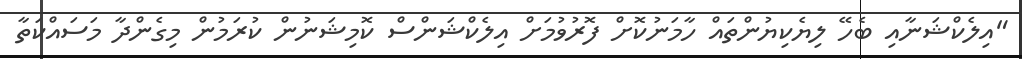
"އިލެކްޝަނާއި ބެހޭ ލިޔެކިޔުންތައް ހާމަނުކޮށް ފޮރުވުމަށް އިލެކްޝަންސް ކޮމިޝަނުން ކުރަމުން މިގެންދާ މަސައްކަތާ